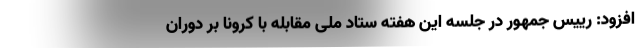
افزود: رییس جمهور در جلسه این هفته ستاد ملی مقابله با کرونا بر دوران